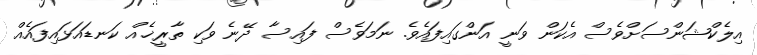
އިލެކްޝަންސަށްވެސް އެކަން ވަނީ އަންގައިފައެވެ. ނަމަވެސް ފައިސާ ދޭނެ ވަކި ތާރީޚެއް ކަނޑައަޅައިފައެއް